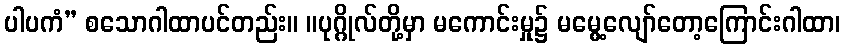
ပါပကံ” စသောဂါထာပင်တည်း။ ။ပုဂ္ဂိုလ်တို့မှာ မကောင်းမှု၌ မမွေ့လျော်တော့ကြောင်းဂါထာ၊